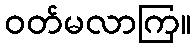
ဝတ်မလာကြ။